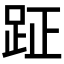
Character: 𮛐